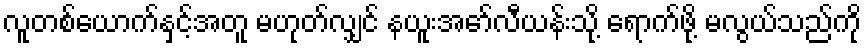
လူတစ်ယောက်နှင့်အတူ မဟုတ်လျှင် နယူးအော်လီယန်းသို့ ရောက်ဖို့ မလွယ်သည်ကို